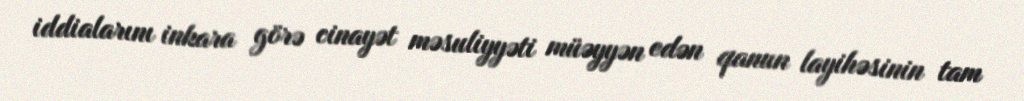
iddialarını inkara görə cinayət məsuliyyəti müəyyən edən qanun layihəsinin tam